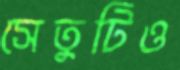
সেতুটিও